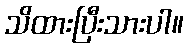
သိထားပြီးသားပါ။